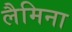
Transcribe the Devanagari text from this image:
लैमिना